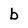
Character: b